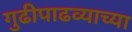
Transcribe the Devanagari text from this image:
गुढीपाढव्याच्या